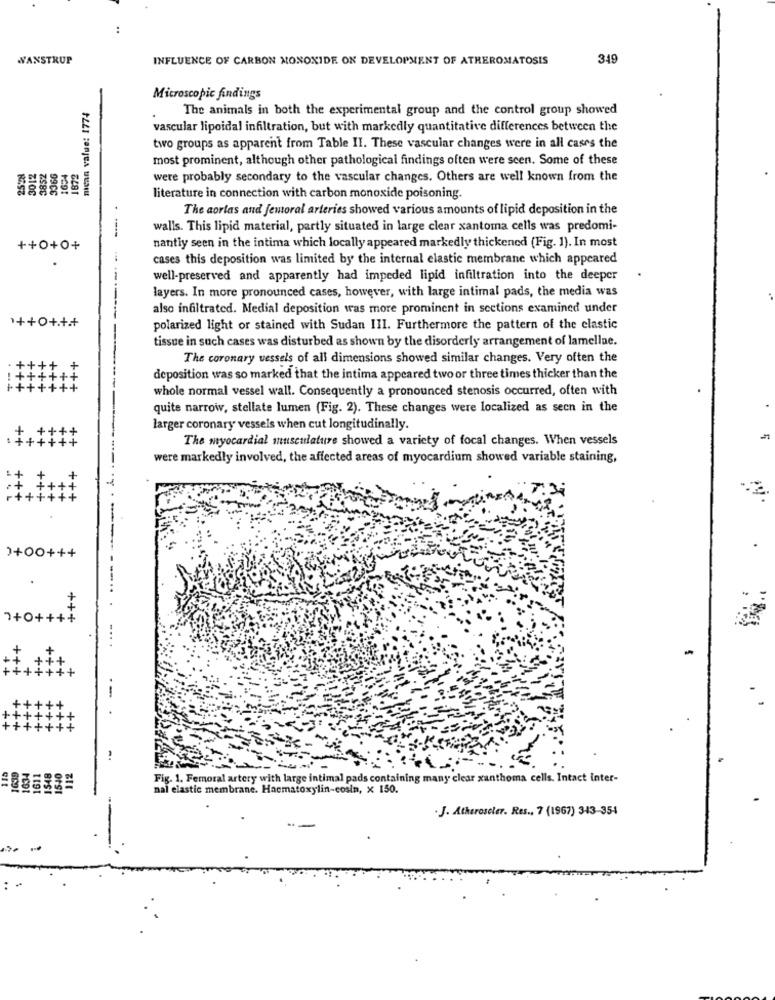
..
WANSTRUP
INFLUENCE OF CARBON MONOXIDE ON DEVELOPMENT OF ATHEROMATOSIS
349
Microscopic findings
nican value: 1774
The animals in both the experimental group and the control group showed
vascular lipoidal infiltration, but with markedly quantitative differences between the
two groups as apparent from Table II. These vascular changes were in all cases the
most prominent, although other pathological findings often were scen. Some of these
3852
were probably secondary to the vascular changes. Others are well known from the
Z10c
99CC
literature in connection with carbon monoxide poisoning.
The aorlas and femoral arteries showed various amounts of lipid deposition in the
walls. This lipid material, partly situated in large clear xantoma cells was predomi-
++0+0+
nantly seen in the intima which locally appeared markedly thickened (Fig. 1). In most
cases this deposition was limited by the internal elastic membrane which appeared
well-preserved and apparently had impeded lipid infiltration into the deeper
layers. In more pronounced cases, however, with large intimal pads, the media was
also infiltrated. Medial deposition was more prominent in sections examined under
1++0+.++
polarized light or stained with Sudan III. Furthermore the pattern of the elastic
tissue in such cases was disturbed as shown by the disorderly arrangement of lamellae.
The coronary vessels of all dimensions showed similar changes. Very often the
deposition was so marked that the intima appeared two or three times thicker than the
whole normal vessel wall. Consequently a pronounced stenosis occurred, often with
quite narrow, stellate lumen (Fig. 2). These changes were localized as seen in the
larger coronary vessels when cut longitudinally.
The myocardial musculature showed a variety of focal changes. When vessels
were markedly involved, the affected areas of myocardium showed variable staining,
)+00+++
+
7+0++++
1611
Fig. 1. Femoral artery with large intimal pads containing many clear xanthoma cells. Intact inter-
OfS
nal elastic membrane. Hacmatoxylin-cosin, x 150.
.J. Atheroscler. Res ., 7 (1967) 343-354
-